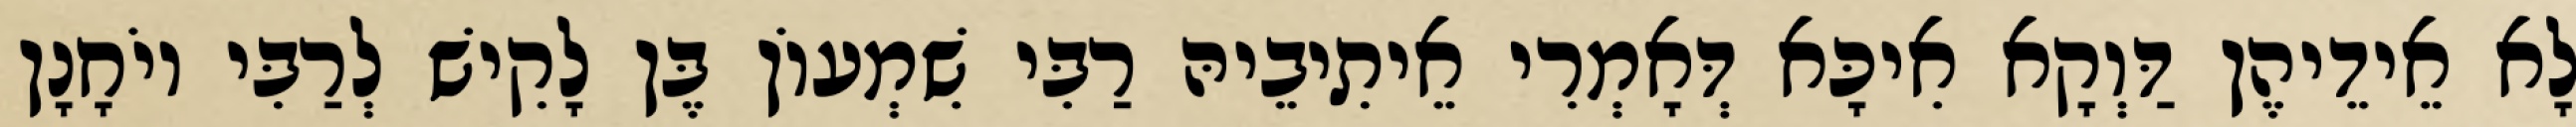
לָא אֵידֵיהֶן דַּוְקָא אִיכָּא דְּאָמְרִי אֵיתִיבֵיהּ רַבִּי שִׁמְעוֹן בֶּן לָקִישׁ לְרַבִּי יוֹחָנָן